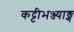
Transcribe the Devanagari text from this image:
कट्टीभञ्ज्याङ्ग